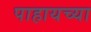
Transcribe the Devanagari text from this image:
पाहायच्या